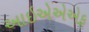
આઇએએએફ